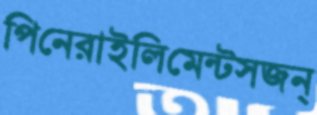
পিনেরাইলিমেন্টসজন্